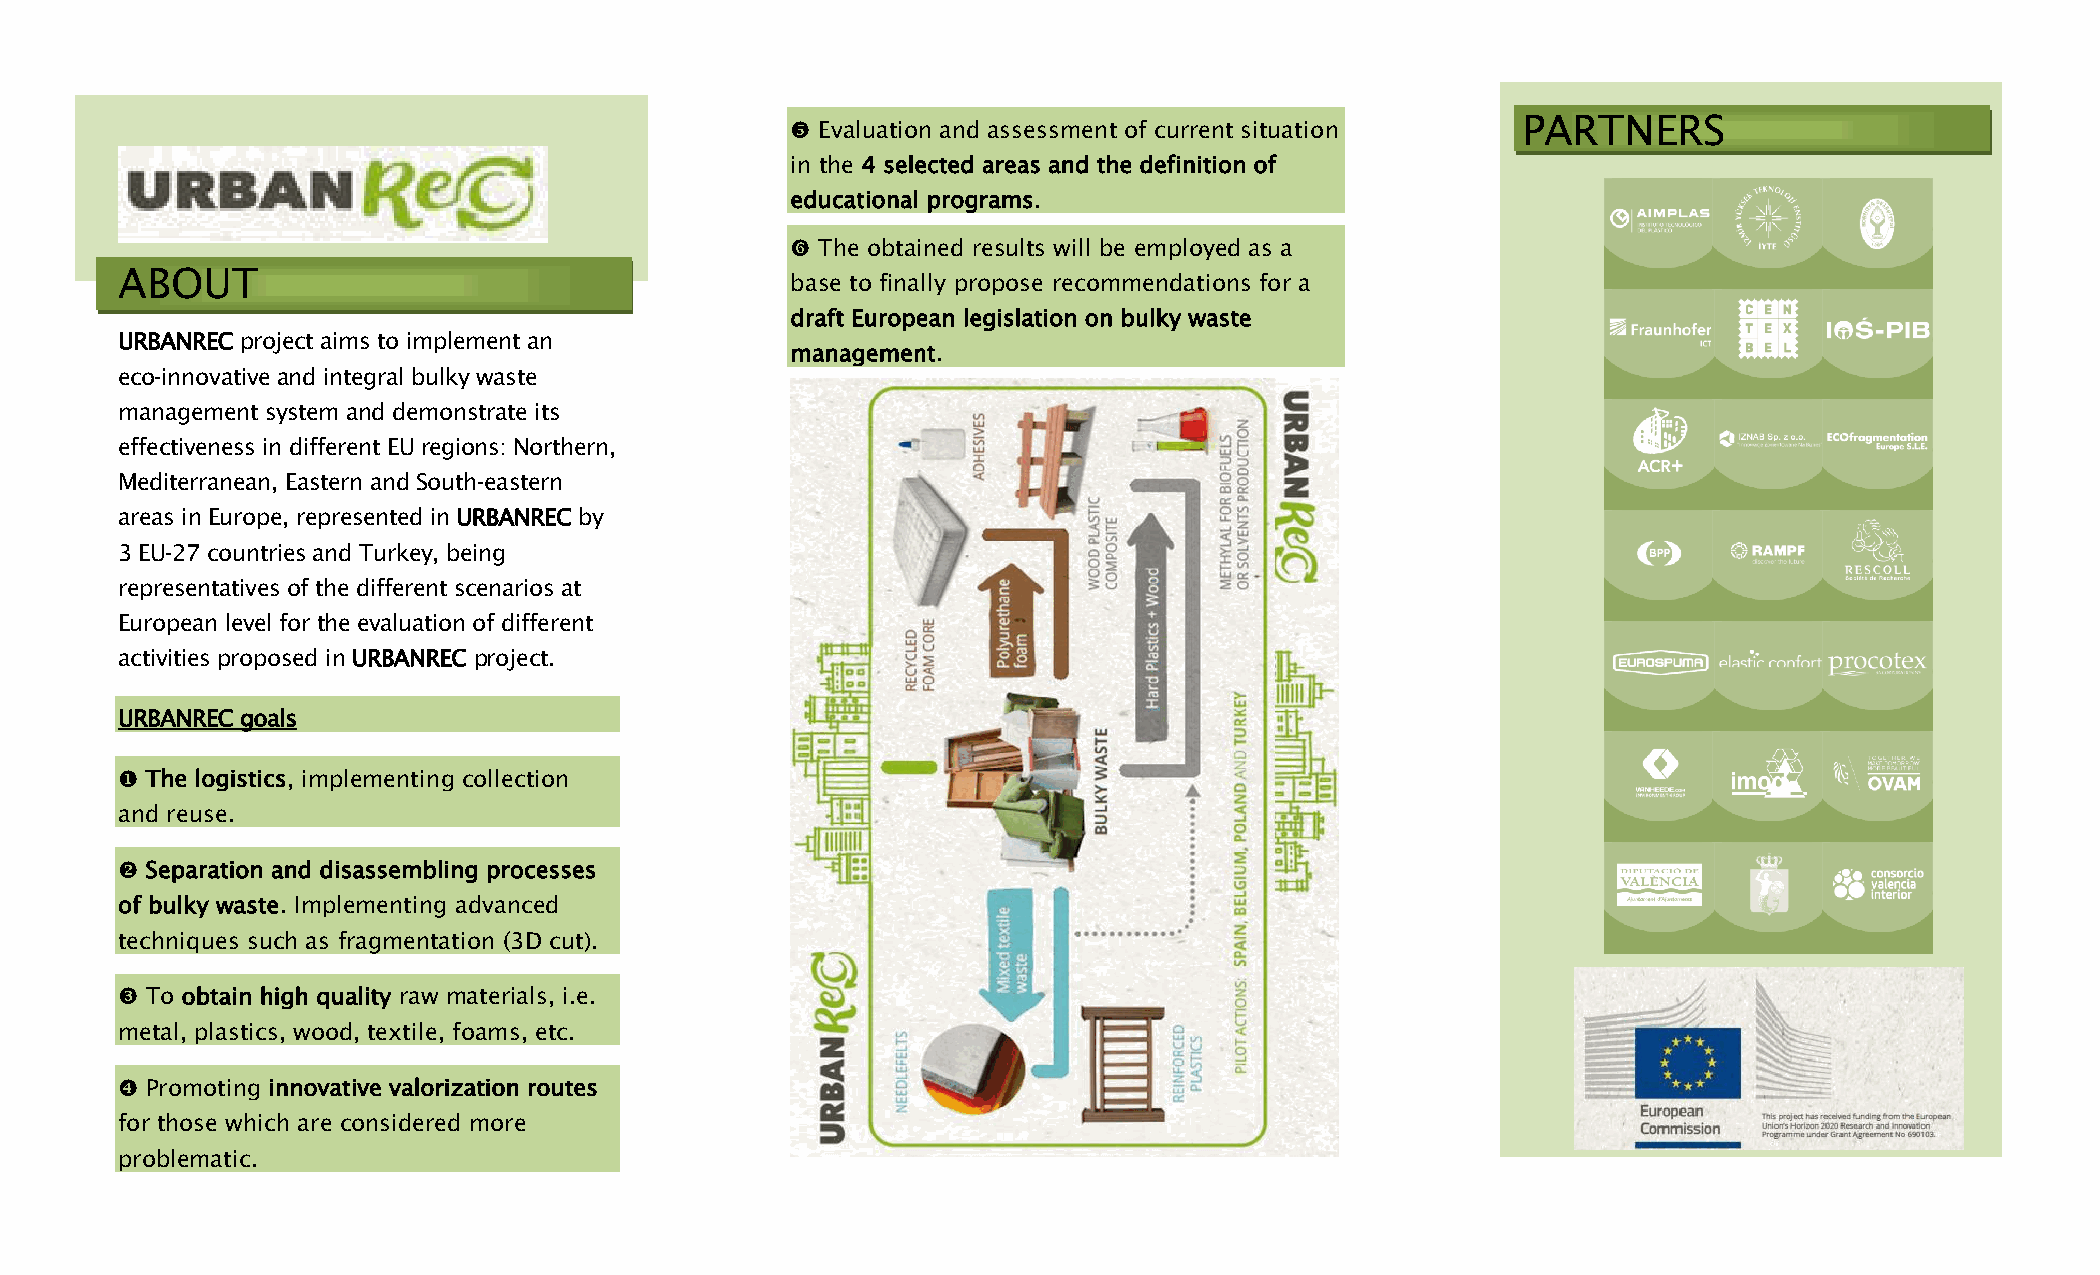
PARTNERS
  Evaluation and assessment of current situation
 in the 4 selected areas and the definition of
 educational programs.
  The obtained results will be employed as a
 ABOUT
 base to finally propose recommendations for a
 draft European legislation on bulky waste
 URBANREC project aims to implement an
 management.
 eco‑innovative and integral bulky waste
 management system and demonstrate its
 effectiveness in different EU regions: Northern,
 Mediterranean, Eastern and South‑eastern
 areas in Europe, represented in URBANREC by
 3 EU‑27 countries and Turkey, being
 representatives of the different scenarios at
 European level for the evaluation of different
 activities proposed in URBANREC project.
 URBANREC goals
  The logistics, implementing collection
 and reuse.
  Separation and disassembling processes
 of bulky waste. Implementing advanced
 techniques such as fragmentation (3D cut).
  To obtain high quality raw materials, i.e.
 metal, plastics, wood, textile, foams, etc.
  Promoting innovative valorization routes
 for those which are considered more
 problematic.